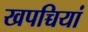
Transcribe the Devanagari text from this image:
खपच्चियां